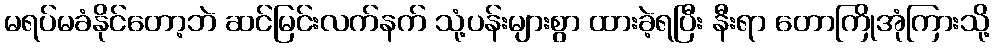
မရပ်မခံနိုင်တော့ဘဲ ဆင်မြင်းလက်နက် သုံ့ပန်းများစွာ ထားခဲ့ရပြီး နီးရာ တောကြိုအုံကြားသို့